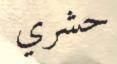
حشري